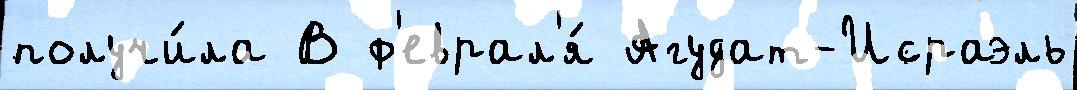
получи́ла В ф'еврал'я́ Агудат-Исраэль